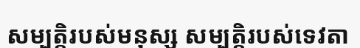
សម្បត្តិរបស់មនុស្ស សម្បត្តិរបស់ទេវតា